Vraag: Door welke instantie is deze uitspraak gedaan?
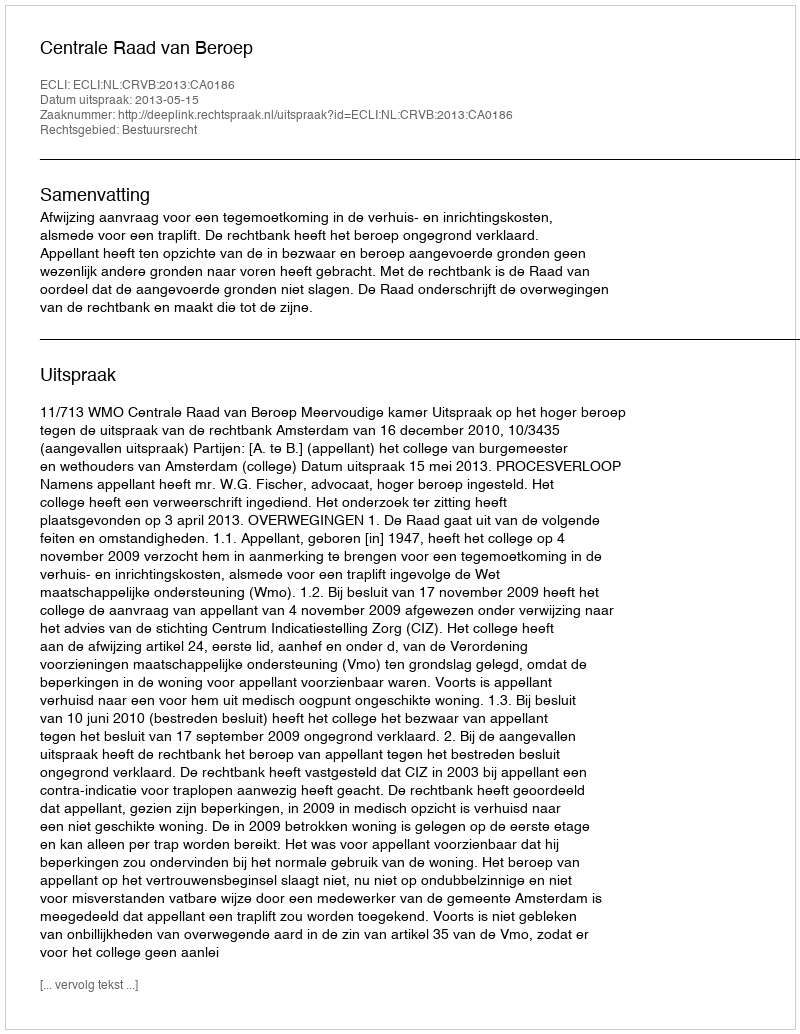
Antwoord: Centrale Raad van Beroep